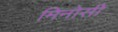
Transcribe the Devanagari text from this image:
मिनोसी